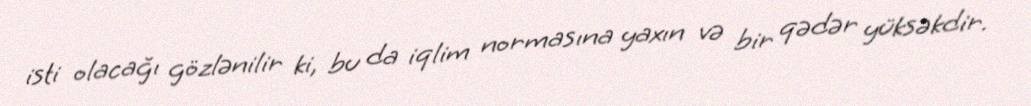
isti olacağı gözlənilir ki, bu da iqlim normasına yaxın və bir qədər yüksəkdir.